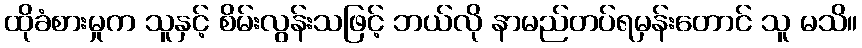
ထိုခံစားမှုက သူနှင့် စိမ်းလွန်းသဖြင့် ဘယ်လို နာမည်တပ်ရမှန်းတောင် သူ မသိ။